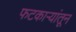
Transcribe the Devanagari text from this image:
फटकाऱ्यांतून